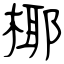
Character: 椰